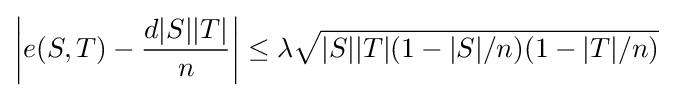
\left|e(S,T)-{\frac {d|S||T|}{n}}\right|\leq \lambda {\sqrt {|S||T|(1-|S|/n)(1-|T|/n)}}